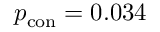
p _ { \mathrm { c o n } } = 0 . 0 3 4